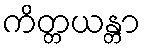
ကိတ္တယန္တာ